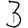
Digit: 3